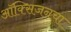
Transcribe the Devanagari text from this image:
ऑक्‍सिजनचा